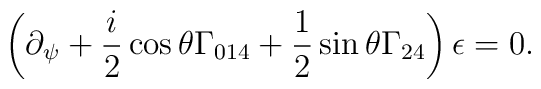
\left(   \partial_\psi   +\frac{i}{2}\cos \theta \Gamma _{014}+\frac{1}{2}\sin\theta \Gamma _{24}\right) \epsilon =0.